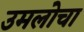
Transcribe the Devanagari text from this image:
उमलोचा